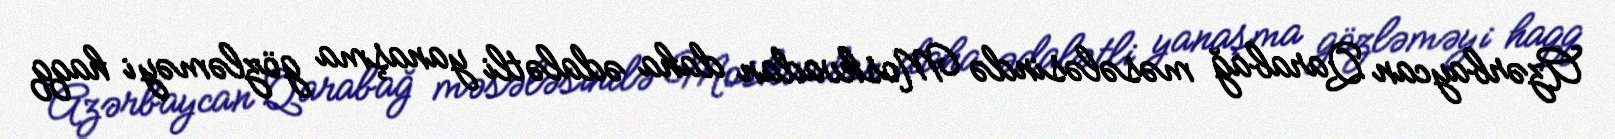
Azərbaycan Qarabağ məsələsində Moskvadan daha ədalətli yanaşma gözləməyi haqq